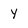
Character: Y